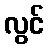
လွင်